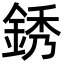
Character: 銹